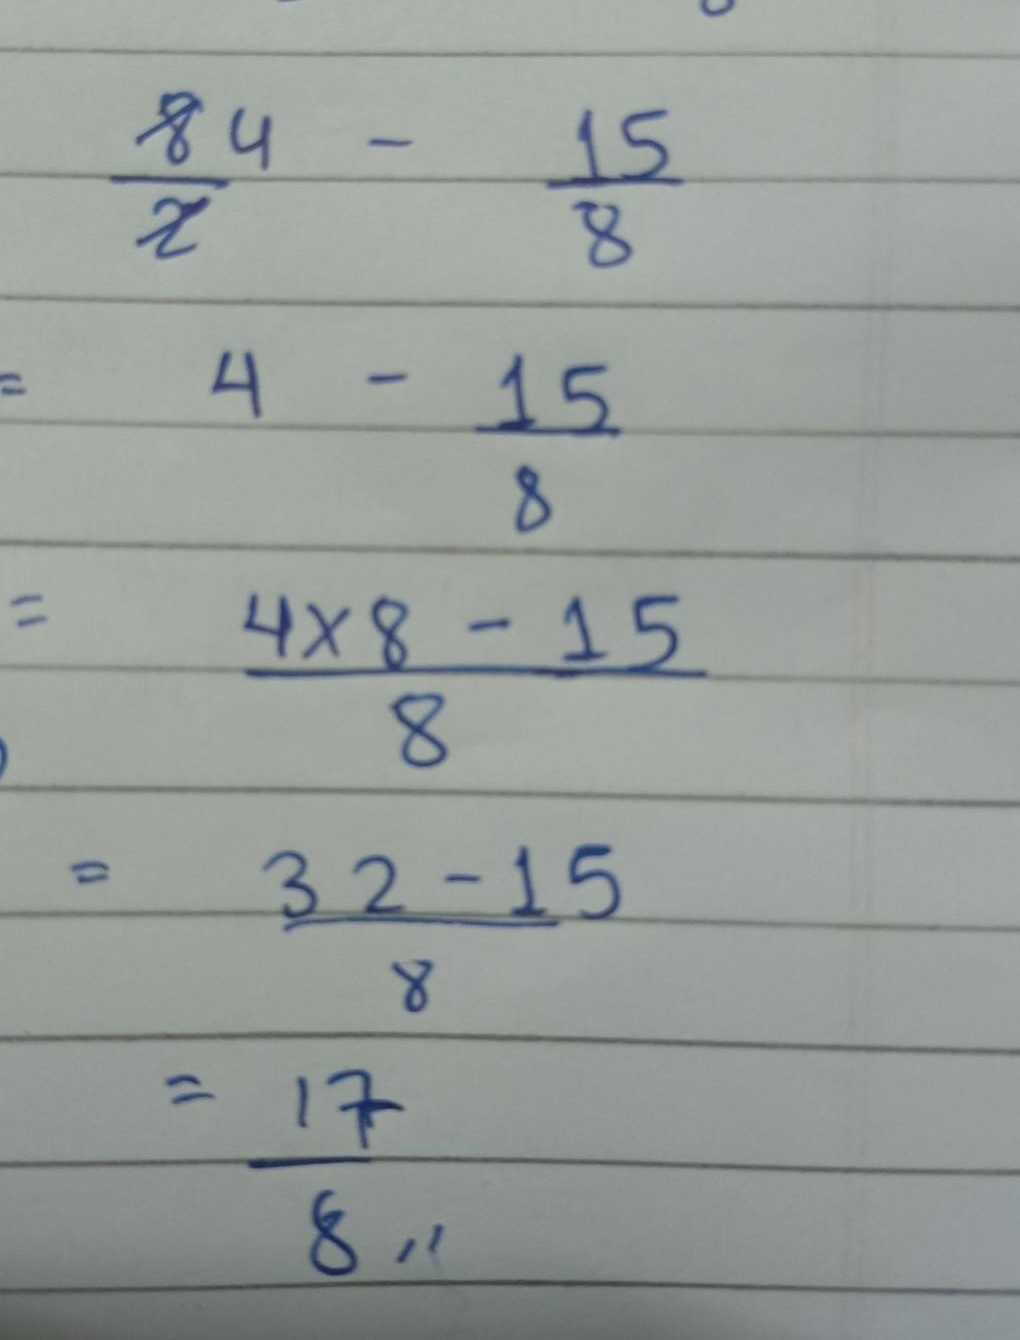
\begin{align*}
\frac{8}{2}-\frac{15}{8}&=4 - \frac{15}{8}\\
&=\frac{4\times8 - 15}{8}\\
&=\frac{32 - 15}{8}\\
&=\frac{17}{8}
\end{align*}